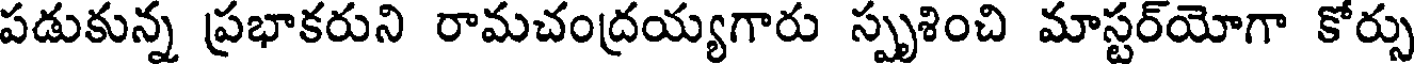
పడుకున్న ప్రభాకరుని రామచంద్రయ్యగారు స్పృశించి మాస్టర్యోగా కోర్సు